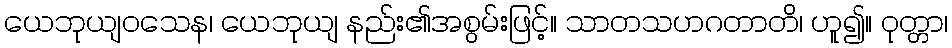
ယေဘုယျဝသေန၊ ယေဘုယျ နည်း၏အစွမ်းဖြင့်။ သာတသဟဂတာတိ၊ ဟူ၍။ ဝုတ္တာ၊